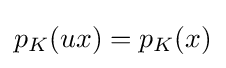
{\textstyle p_{K}(ux)=p_{K}(x)}